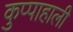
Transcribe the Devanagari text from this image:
कुप्पाहाली